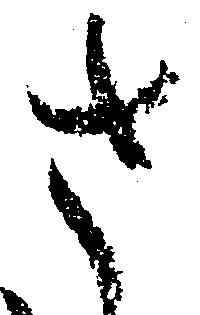
さ